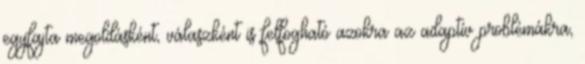
egyfajta megoldásként, válaszként is felfogható azokra az adaptív problémákra,